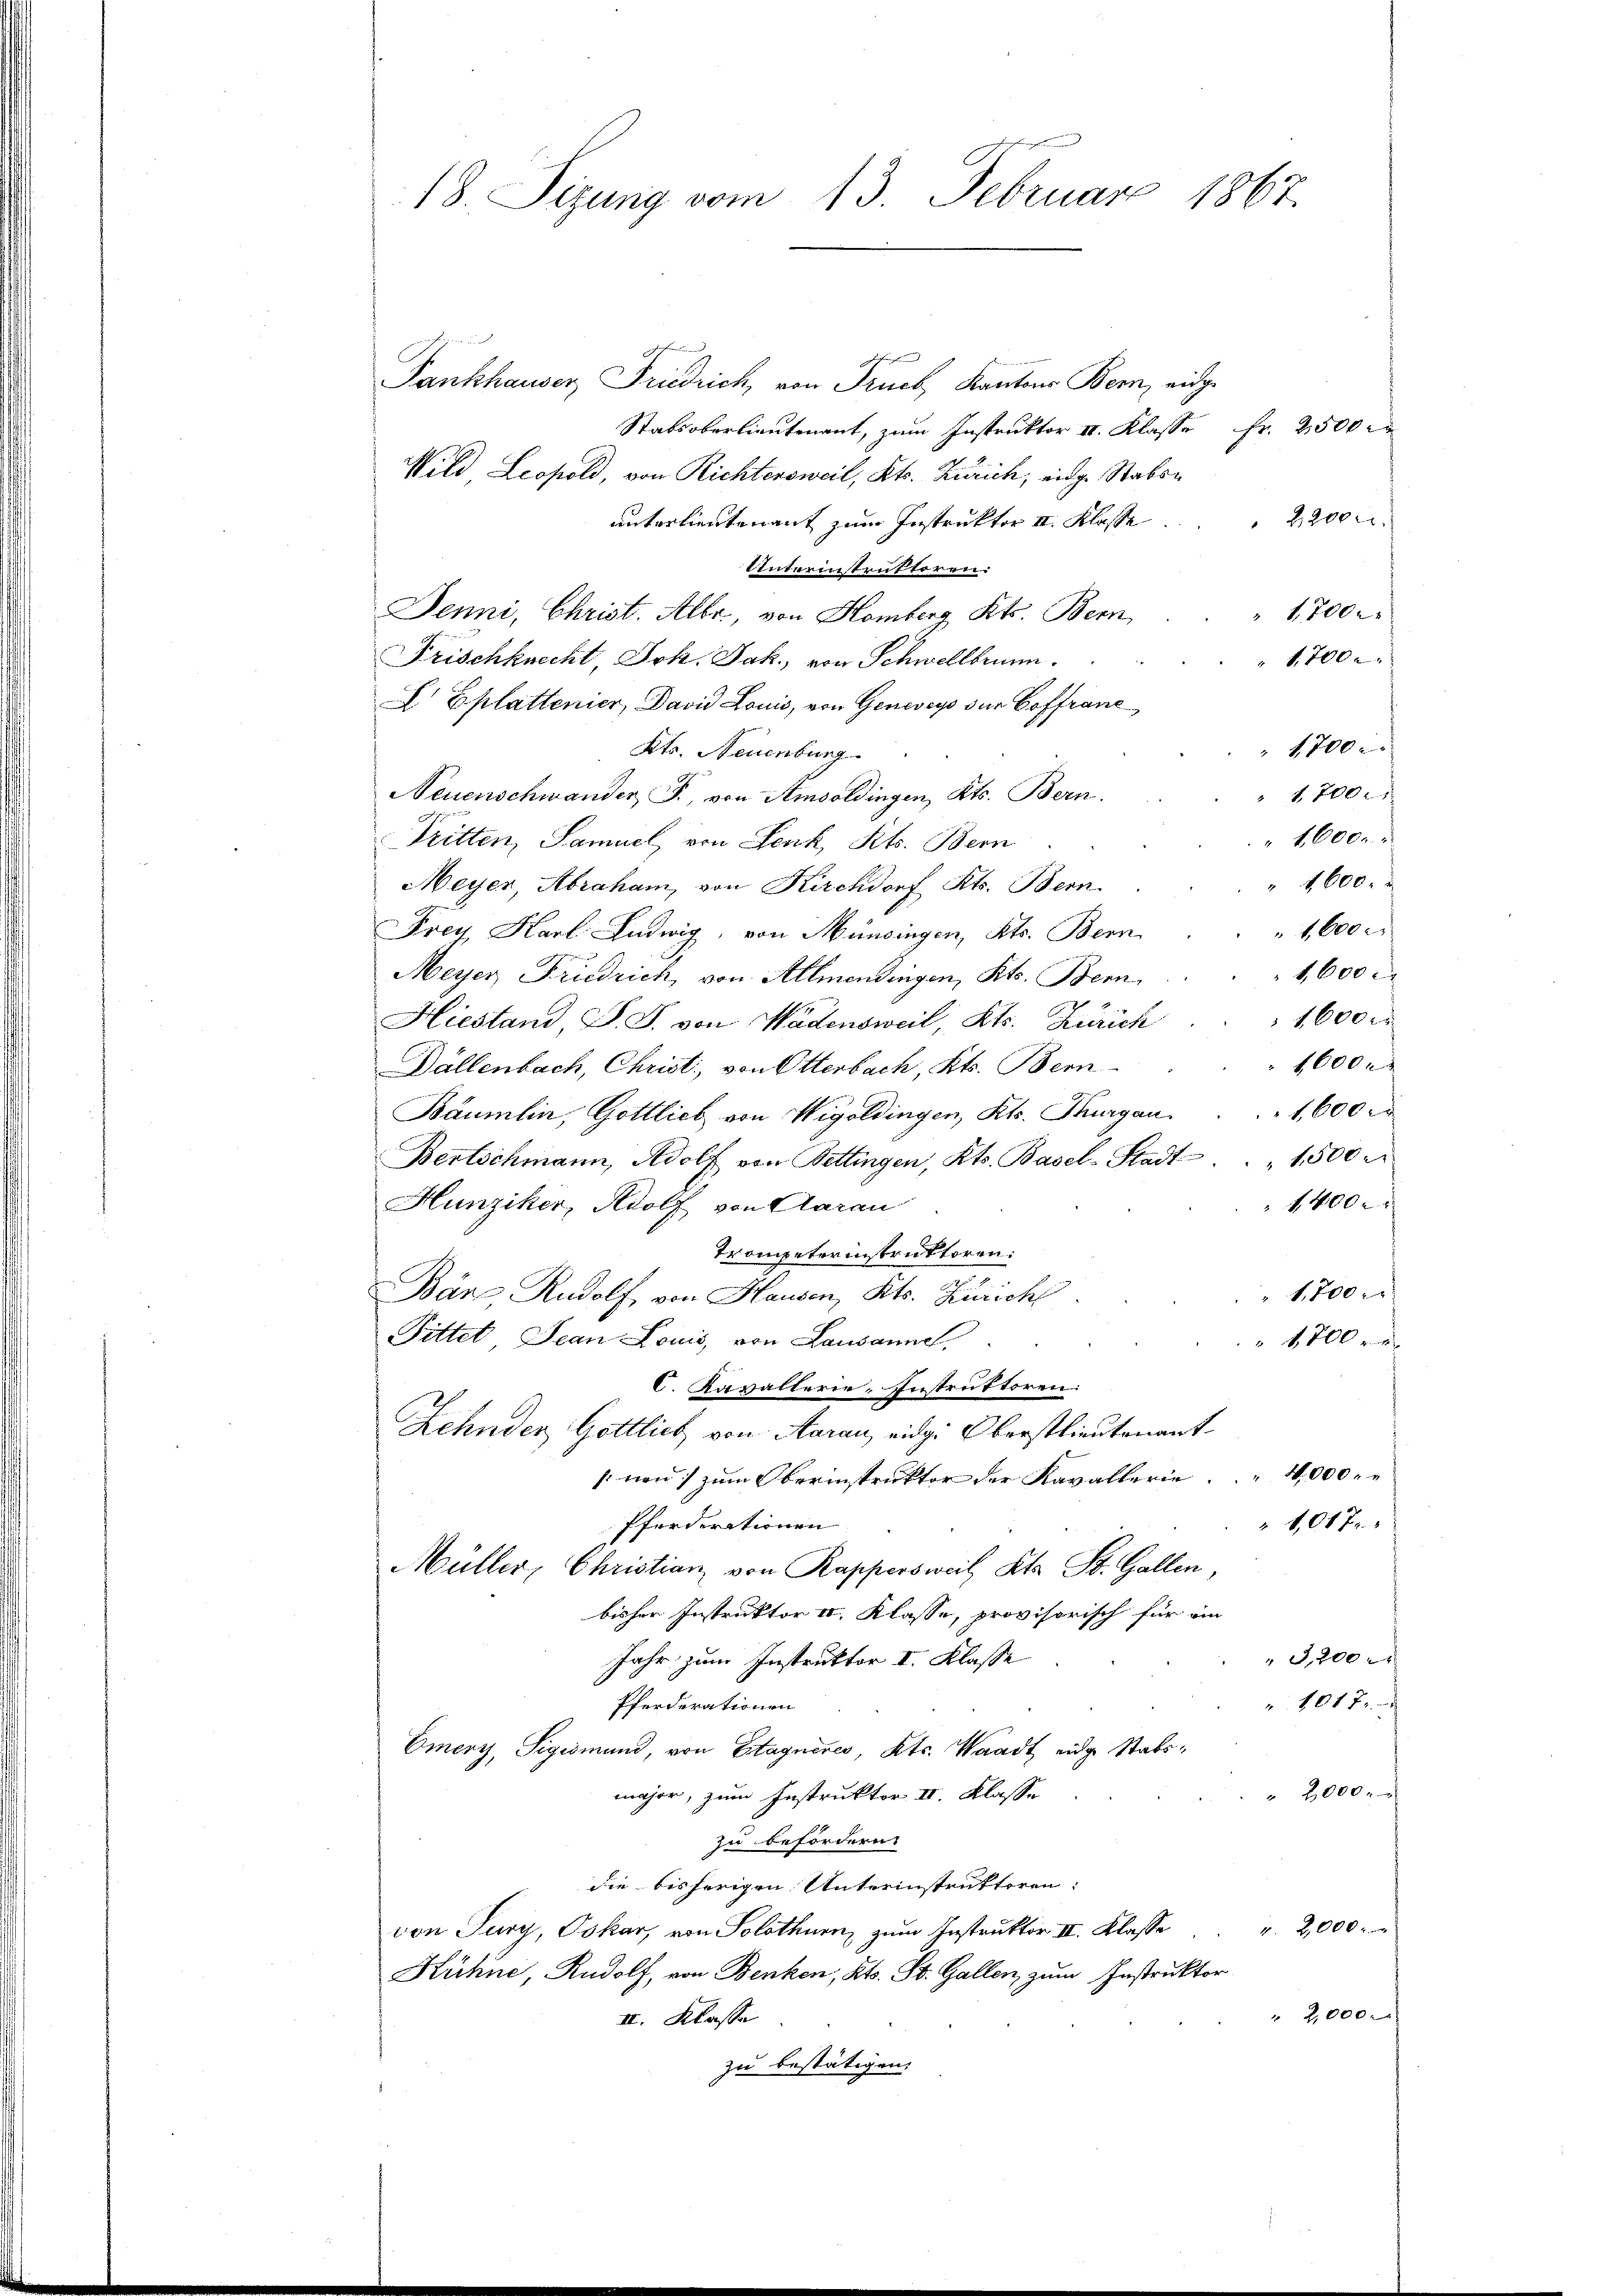
18. Sizung vom 13. Februar 1867.
Fankhauser Friedrich, von Fruch, Kantons Bern, eidge

Stabsoberlieutenant, zum Instruktor II. Klasse Fr. 2500 r
Wild Leopold, von Richtersweil, Kts. Zürich, einge Staben
2200.
unterlieutenant zum Instruktor II. Klasse
Unterinstruktoren.
" 1,700.
Jenni, Christ. Albr., von Homberg Kts. Bern,
1,700
Frischknecht, Joh. Jak., von Schwellbrunn
I Eplattenier, David Louis, von Genevey der Goffranc
1700
Kts. Neuenburg
1,700 r
Neuenschwander F., von Amsoldingen, Kts. Bern.
1,600.
Tritten, Samuel, von Lenk, Kts. Bern
 4600xx
Meyer, Abraham, von Kirchdorf Kts. Bern
 1,600
Frey, Karl Ludwig, von Münsingen, Kts. Bern
1,600
Meyer, Friedrich, von Allmendingen, Kts. Bern
1600 r
Hiestand, S. J. von Wädensweil, Kts. Zürich
1,600 r
Bällenbach, Christ, von Otterbach, Kt. Bern-
1,600 r
Bäumlin, Gottlieb von Wigoldingen, Kts. Thurgau.
Bertschmann, Adolf von Bettingen, Kts. Basel-Stadt. " 1500 r
1400.
Hunziker, Rolf von Aarau
Trompeterinstruktoren:
 1,700
Bär, Rudolf, von Hausen, Kts. Zürich
Fittet, Jean Louis, von Lausannel,
 1,700 r
C. Kavallerie-Instruktoren:
Zehnder Gottlich von Aarau eidge Oberstlieutenant
4.000.
[nen) zum Oberinstruktor der Kavallerie
Pferderationen
1,017
Müller, Christian von Rappersweil Kts. St. Gallen,
bisher Instruktor II. Klasse, provisorisch für ein
3,200 x
Jahr zum Instruktor I. Klasse
" 1017.
Pferderationen
Emery, Sigismund, von Etagneres, Kts. Waadt eidge Stabs¬
 2000.
major, zum Instruktor II. Klasse
zu befördern.
die bisherigen Unterinstruktoren:
von Tury, Pokar, von Solothurn, zŭm Instrŭktor II. Klasse . . . 2,000.
Kühne, Rudolf, von Benken, Kts. St. Gallen, zum Instruktor
" 2,000.
III. Klasse
zu bestätigen.